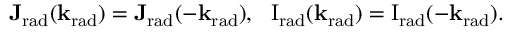
\mathbf { J _ { \mathrm { { r a d } } } } ( \mathbf { k } _ { \mathrm { r a d } } ) = \mathbf { J _ { \mathrm { { r a d } } } } ( - \mathbf { k } _ { \mathrm { r a d } } ) , ~ ~ \mathrm { { I } } _ { \mathrm { r a d } } ( \mathbf { k } _ { \mathrm { { r a d } } } ) = { \mathrm { I } } _ { \mathrm { { r a d } } } ( - \mathbf { k } _ { \mathrm { r a d } } ) .